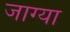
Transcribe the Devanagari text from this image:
जाग्या